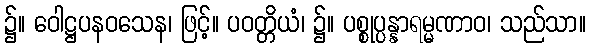
၌။ ဝေါဋ္ဌပနဝသေန၊ ဖြင့်။ ပဝတ္တိယံ၊ ၌။ ပစ္စုပ္ပန္နာရမ္မဏာဝ၊ သည်သာ။